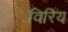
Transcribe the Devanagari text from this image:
विरिय